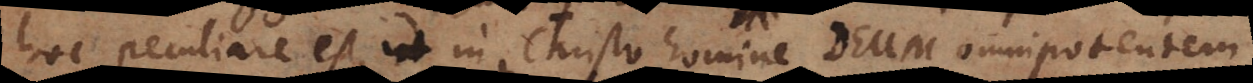
culiare est, ut in Christo homine Deum omnipotentem